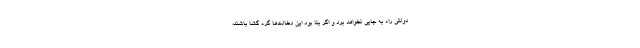
دولتی راه به جایی نخواهد برد و اگر بنا بود این دخالت‌ها گره گشا باشند،